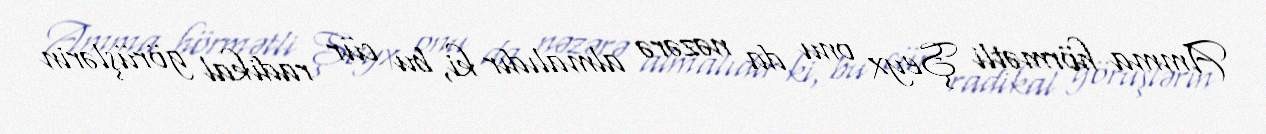
Amma hörmətli Şeyx onu da nəzərə almalıdır ki, bu cür radikal görüşlərin